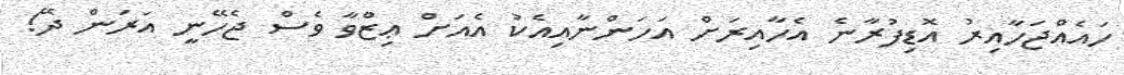
ހައެއްޖަހާއިރު އޮޑިފުރާނެ އެހާއިރަށް އަހަންނާއިއެކު އެއަށް ޢިޒްވާ ވެސް ޖެހޭނީ އަރަން ދޭ!